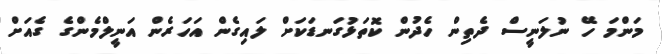
މަންމަ ހޭ ނުލަނީސް ދެތިން ހެދުން ކޮތަޅުގަނޑަކަށް ލައިގެން އަހަރެން އަނީލްމެންގެ ގެއަށް